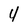
Character: 4